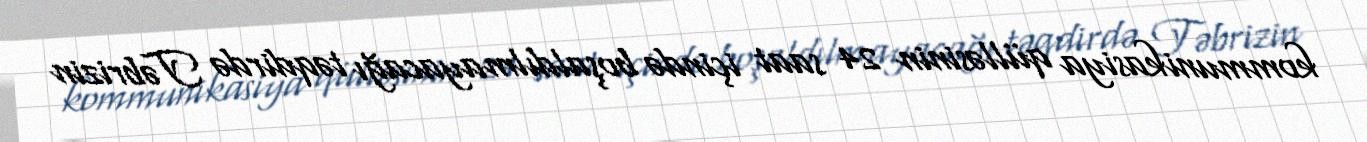
kommunikasiya qülləsinin 24 saat içində boşaldılmayacağı təqdirdə Təbrizin